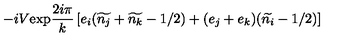
- i V \mathrm { e x p } \frac { 2 i \pi } { k } \left[ e _ { i } ( \widetilde { n _ { j } } + \widetilde { n _ { k } } - 1 / 2 ) + ( e _ { j } + e _ { k } ) ( \widetilde { n _ { i } } - 1 / 2 ) \right]